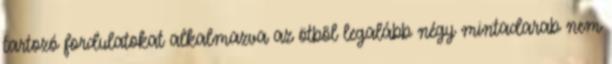
tartozó fordulatokat alkalmazva az ötbõl legalább négy mintadarab nem